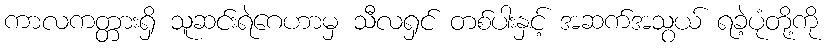
ကာလကတ္တားရှိ သူဆင်းရဲဂေဟာမှ သီလရှင် တစ်ပါးနှင့် အဆက်အသွယ် ရခဲ့ပုံတို့ကို